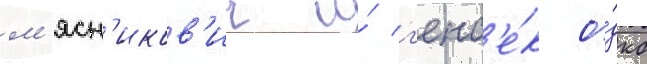
м'ясн'иков'ич и́ г'енс'е́к о́дкб